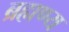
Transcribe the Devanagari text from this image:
ब्रह्मण्य